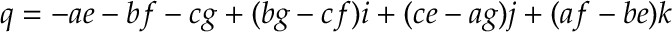
q = - a e - b f - c g + ( b g - c f ) i + ( c e - a g ) j + ( a f - b e ) k